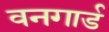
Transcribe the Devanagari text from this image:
वनगार्ड